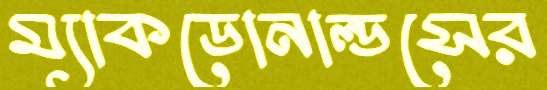
ম্যাকডোনাল্ডসের